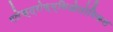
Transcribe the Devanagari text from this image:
एलेक्त्रोफ्य्सिओलोगिकल